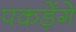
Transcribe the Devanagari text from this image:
पकड़ेंगे